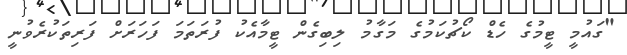
"ގައުމީ ޓީމުގެ ހެޑް ކޯޗުކަމުގެ މަގާމު ލިބިގެން ޓީމާއެކު ފުރަތަމަ ފަހަރަށް ފަރިތަކުރެވުނީ